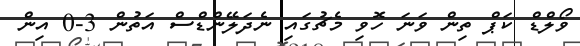
ވޯލްޑް ކަޕް ތިން ވަނަ ހޮވި މެޗުގައި ނެދަލޭންޑްސް އަތުން 3-0 އިން